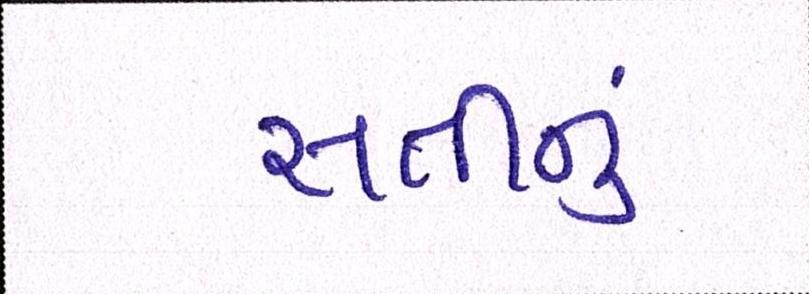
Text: સતીનું